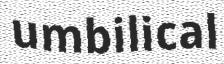
umbilical